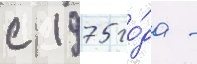
с 1975 го́да -